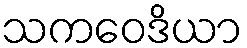
သကဝေဒိယာ